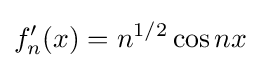
f'_{n}(x)=n^{1/2}\cos nx